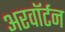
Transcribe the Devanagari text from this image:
अरवॉर्टन